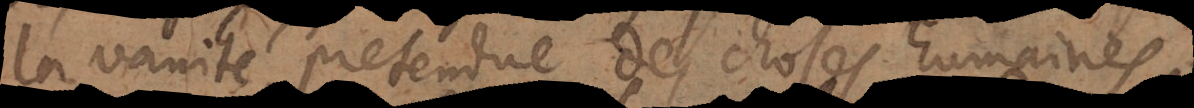
la vanité prétendue des choses humaines;